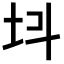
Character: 𡉜